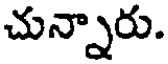
చున్నారు.